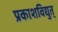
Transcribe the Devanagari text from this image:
प्रकाशविद्युत्‌